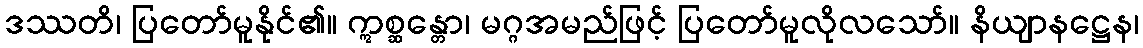
ဒဿတိ၊ ပြတော်မူနိုင်၏။ ဣစ္ဆန္တော၊ မဂ္ဂအမည်ဖြင့် ပြတော်မူလိုလသော်။ နိယျာနဋ္ဌေန၊